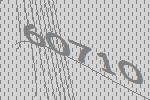
60710